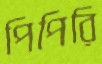
পিপিরি